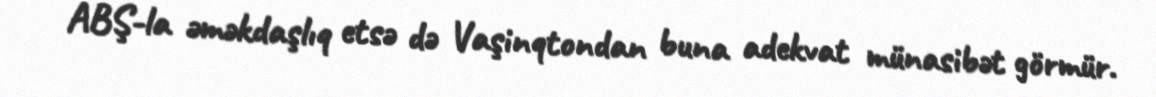
ABŞ-la əməkdaşlıq etsə də Vaşinqtondan buna adekvat münasibət görmür.